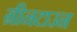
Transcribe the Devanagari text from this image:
ग्रीनटाउन